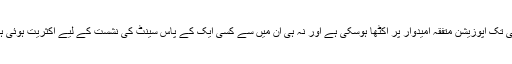
ابھی تک اپوزیشن متفقہ امیدوار پر اکٹھا ہوسکی ہے اور نہ ہی ان میں سے کسی ایک کے پاس سینٹ کی نشست کے لیے اکثریت ہوئی ہے۔